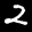
Label: 2